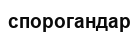
спорогандар